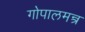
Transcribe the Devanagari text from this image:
गोपालमन्त्र